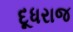
દૂધરાજ